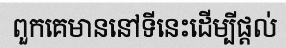
ពួកគេមាននៅទីនេះដើម្បីផ្តល់